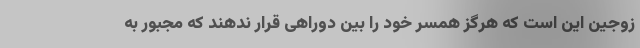
زوجین این است که هرگز همسر خود را بین دوراهی قرار ندهند که مجبور به